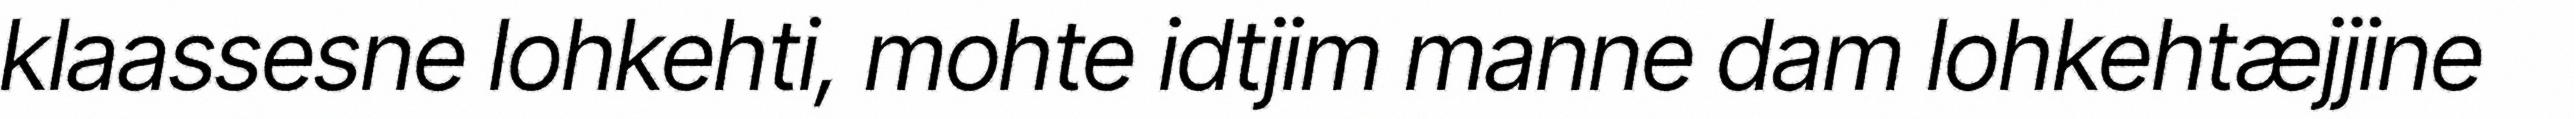
klaassesne lohkehti, mohte idtjim manne dam lohkehtæjjine